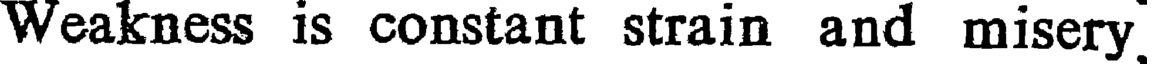
Weakness is constant strain and misery